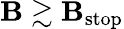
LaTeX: \mathbf{B}\gtrsim\mathbf{B}_{\mathrm{{stop}}}